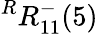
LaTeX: {}^{R}{R}_{1{1}}^{{-}}({5})